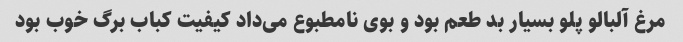
مرغ آلبالو پلو بسیار بد طعم بود و بوی نامطبوع می‌داد کیفیت کباب برگ خوب بود